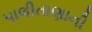
પાલીતાણાની